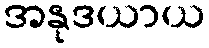
အနုဒယာယ